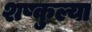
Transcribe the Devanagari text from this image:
शष्कुल्या